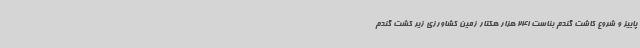
پاییز و شروع کاشت گندم بناست 241 هزار هکتار زمین کشاورزی زیر کشت گندم